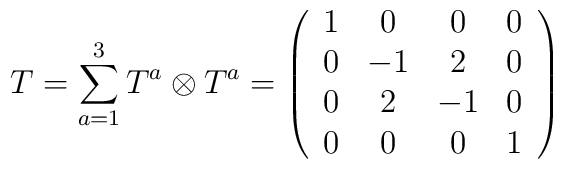
T=\sum_{a=1}^{3} T^a \otimes T^a =\left ( \begin{array}{cccc}             1 &  0 &  0 & 0 \\             0 & -1 &  2 & 0 \\             0 &  2 & -1 & 0 \\             0 &  0 &  0 & 1  \end{array}\right)